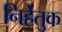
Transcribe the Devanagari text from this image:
निर्हेतुक